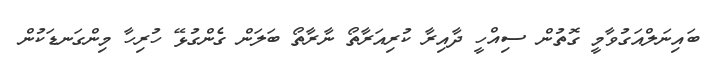
ބައިނަލްއަގުވާމީ ގޮތުން ސިއްހީ ދާއިރާ ކުރިއަރާތޯ ނާރާތޯ ބަލަން ގެންގުޅޭ ހުރިހާ މިންގަނޑަކުން